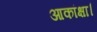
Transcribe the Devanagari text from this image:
आकांक्षा।